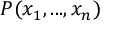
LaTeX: P ( x _ { 1 } , . . . , x _ { n } )